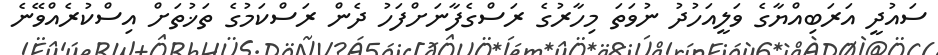
ސައުދީ އަރަބިއްޔާގެ ވަލީއަހުދު ނުވަތަ މިހާރުގެ ރަސްގެފާނަށްފަހު ދެން ރަސްކަމުގެ ތަޚުތަށް އިސްކުރެއްވޭނެ